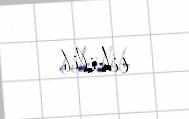
tikilib.